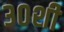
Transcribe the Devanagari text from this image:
३०शी